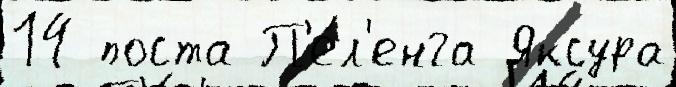
14 поста П'е́л'енга Яксура